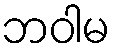
ဘဝါမ